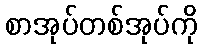
စာအုပ်တစ်အုပ်ကို